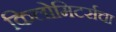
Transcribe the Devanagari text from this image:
किलोमिटर्सचा